Vaccination North-Western Provinces 1866-1877 - 1866-1877
Year: 1866
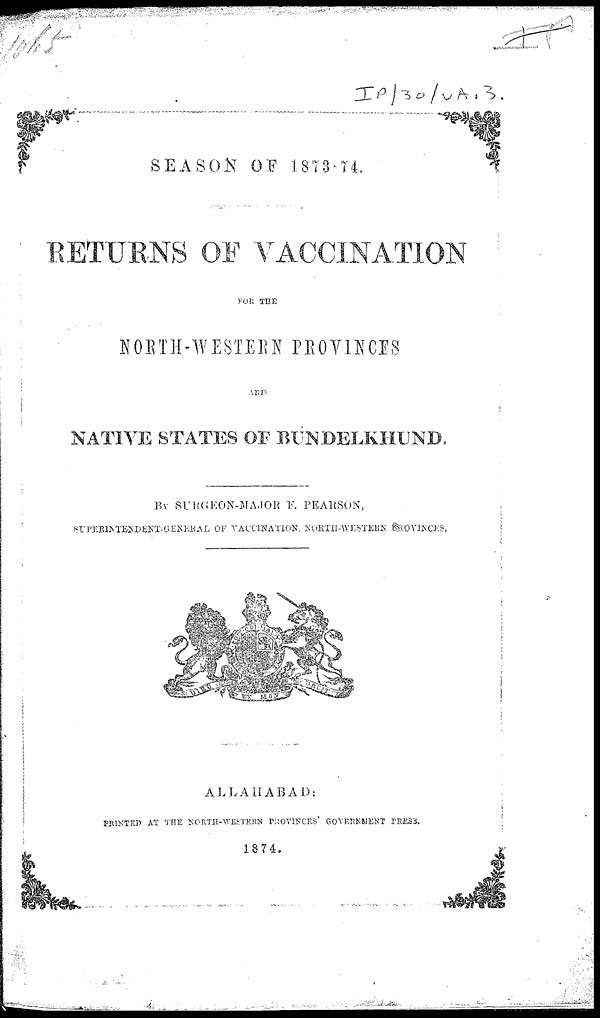
SEASON OF 1873-74.
RETURNS OF VACCINATION
FOR THE
NORTH-WESTERN PROVINCES
AND
NATIVE STATES OF BUNDELKHUND.
BY SURGEON-MAJOR F. PEARSON,
SUPERINTENDENT-GENERAL
OF VACCINATION, NORTH-WESTERN
PROVINCES.
ALLAHABAD:
PRINTED AT THE NORTH-WESTERN PROVINCES' GOVERNMENT PRESS.
1874.